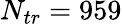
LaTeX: N_{tr}=959